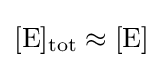
{[\mathrm {E} ]{\vphantom {A}}_{\smash[{t}]{\rm {\mathrm {tot} }}}{}\approx {}[\mathrm {E} ]}